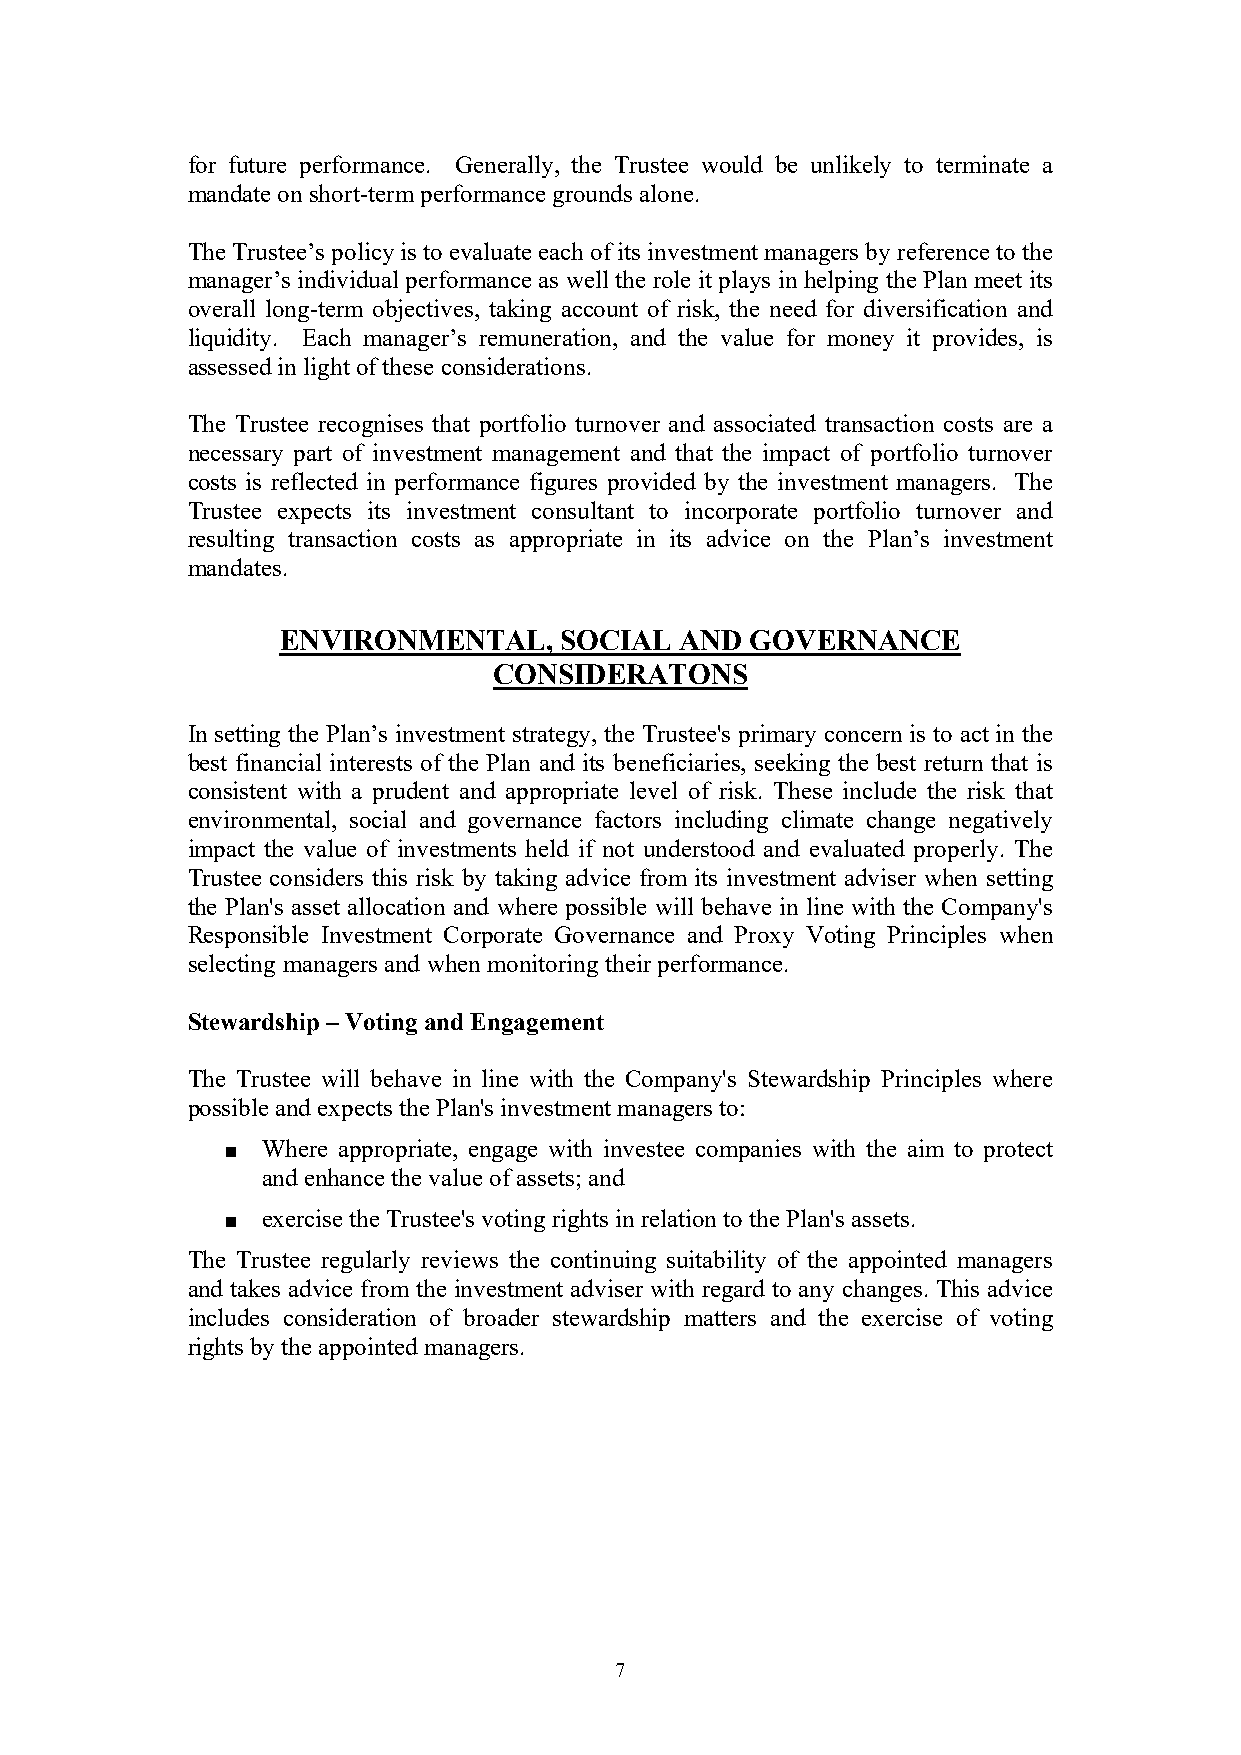
for future performance. Generally, the Trustee would be unlikely to terminate a
 mandate on short-term performance grounds alone.
 The Trustee’s policy is to evaluate each of its investment managers by reference to the
 manager’s individual performance as well the role it plays in helping the Plan meet its
 overall long-term objectives, taking account of risk, the need for diversification and
 liquidity. Each manager’s remuneration, and the value for money it provides, is
 assessed in light of these considerations.
 The Trustee recognises that portfolio turnover and associated transaction costs are a
 necessary part of investment management and that the impact of portfolio turnover
 costs is reflected in performance figures provided by the investment managers. The
 Trustee expects its investment consultant to incorporate portfolio turnover and
 resulting transaction costs as appropriate in its advice on the Plan’s investment
 mandates.
 ENVIRONMENTAL,    SOCIAL  AND  GOVERNANCE
 CONSIDERATONS
 In setting the Plan’s investment strategy, the Trustee's primary concern is to act in the
 best financial interests of the Plan and its beneficiaries, seeking the best return that is
 consistent with a prudent and appropriate level of risk. These include the risk that
 environmental, social and governance factors including climate change negatively
 impact the value of investments held if not understood and evaluated properly. The
 Trustee considers this risk by taking advice from its investment adviser when setting
 the Plan's asset allocation and where possible will behave in line with the Company's
 Responsible Investment Corporate Governance and Proxy Voting Principles when
 selecting managers and when monitoring their performance.
 Stewardship – Voting and Engagement
 The Trustee will behave in line with the Company's Stewardship Principles where
 possible and expects the Plan's investment managers to:
 ■ Where appropriate, engage with investee companies with the aim to protect
 and enhance the value of assets; and
 ■ exercise the Trustee's voting rights in relation to the Plan's assets.
 The Trustee regularly reviews the continuing suitability of the appointed managers
 and takes advice from the investment adviser with regard to any changes. This advice
 includes consideration of broader stewardship matters and the exercise of voting
 rights by the appointed managers.
 7